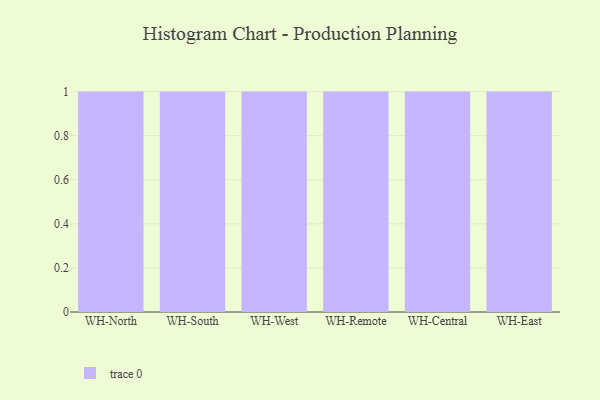
{"axis": {"x": "Warehouse", "y": "Tickets Resolved"}, "legend": [""], "data": [{"x": "WH-North", "y": 26, "type": ""}, {"x": "WH-South", "y": 49, "type": ""}, {"x": "WH-West", "y": 28, "type": ""}, {"x": "WH-Remote", "y": 65, "type": ""}, {"x": "WH-Central", "y": 42, "type": ""}, {"x": "WH-East", "y": 13, "type": ""}]}